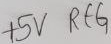
Text: +5V REG